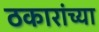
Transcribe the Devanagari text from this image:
ठकारांच्या